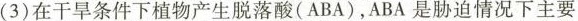
(3)在干旱条件下植物产生脱落酸(ABA)，ABA是胁迫情况下主要